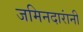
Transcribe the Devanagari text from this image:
जमिनदारांनी